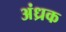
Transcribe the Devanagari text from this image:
अंध्रक